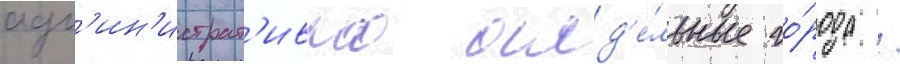
адм'ин'истрат'ивно отд'е́льные го́рода /